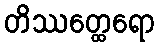
တိဿတ္ထေရော